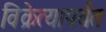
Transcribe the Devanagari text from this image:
विक्रेत्यापर्यंत